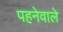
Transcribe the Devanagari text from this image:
पहनेवाले